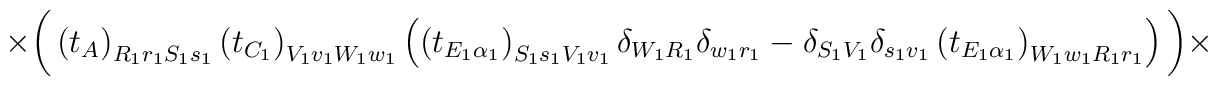
\times\bigg(\left(t_A\right)_{R_1r_1S_1s_1}\left(t_{C_1}\right)	_{V_1v_1W_1w_1}\left(\left(t_{E_1\alpha_1}\right)_{S_1s_1V_1v_1}\delta	_{W_1R_1}\delta_{w_1r_1}-\delta_{S_1V_1}\delta_{s_1v_1}\left(t_{E_1	\alpha_1}\right)_{W_1w_1R_1r_1}\right)\bigg)\times